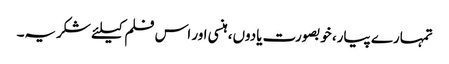
تمہارے پیار، خوبصورت یادوں، ہنسی اور اس فلم کیلئے شکریہ۔